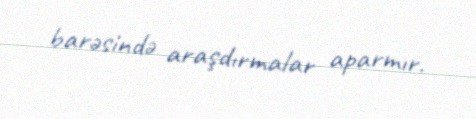
barəsində araşdırmalar aparmır.